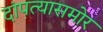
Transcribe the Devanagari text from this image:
दांपत्यासमोर